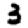
Digit: 3